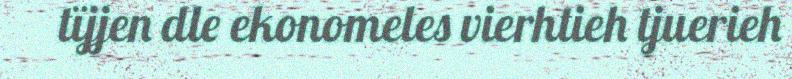
tïjjen dle ekonomeles vierhtieh tjuerieh